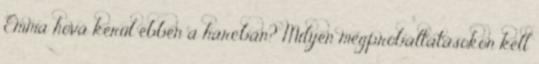
Emma hová kerül ebben a harcban? Milyen megpróbáltatásokon kell